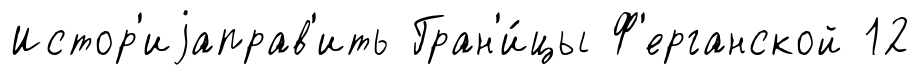
Истор'иjаправ'ить Гран'и́цы Ф'ерганской 12